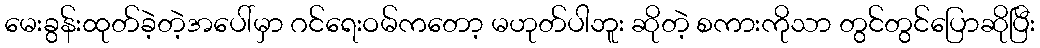
မေးခွန်းထုတ်ခဲ့တဲ့အပေါ်မှာ ဂင်ရေးဝမ်ကတော့ မဟုတ်ပါဘူး ဆိုတဲ့ စကားကိုသာ တွင်တွင်ပြောဆိုပြီး